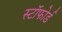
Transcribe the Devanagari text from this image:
स्टॉफोर्ड